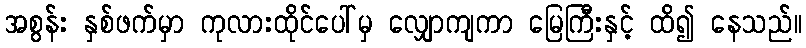
အစွန်း နှစ်ဖက်မှာ ကုလားထိုင်ပေါ်မှ လျှောကျကာ မြေကြီးနှင့် ထိ၍ နေသည်။